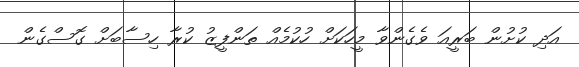
އަދި ކުށުން ބަރީއަ ވެގެންވާ މީހަކަށް ހުކުމެއް ތަންފީޒު ކުރާ ހިސާބަށް ގޮސްގެން